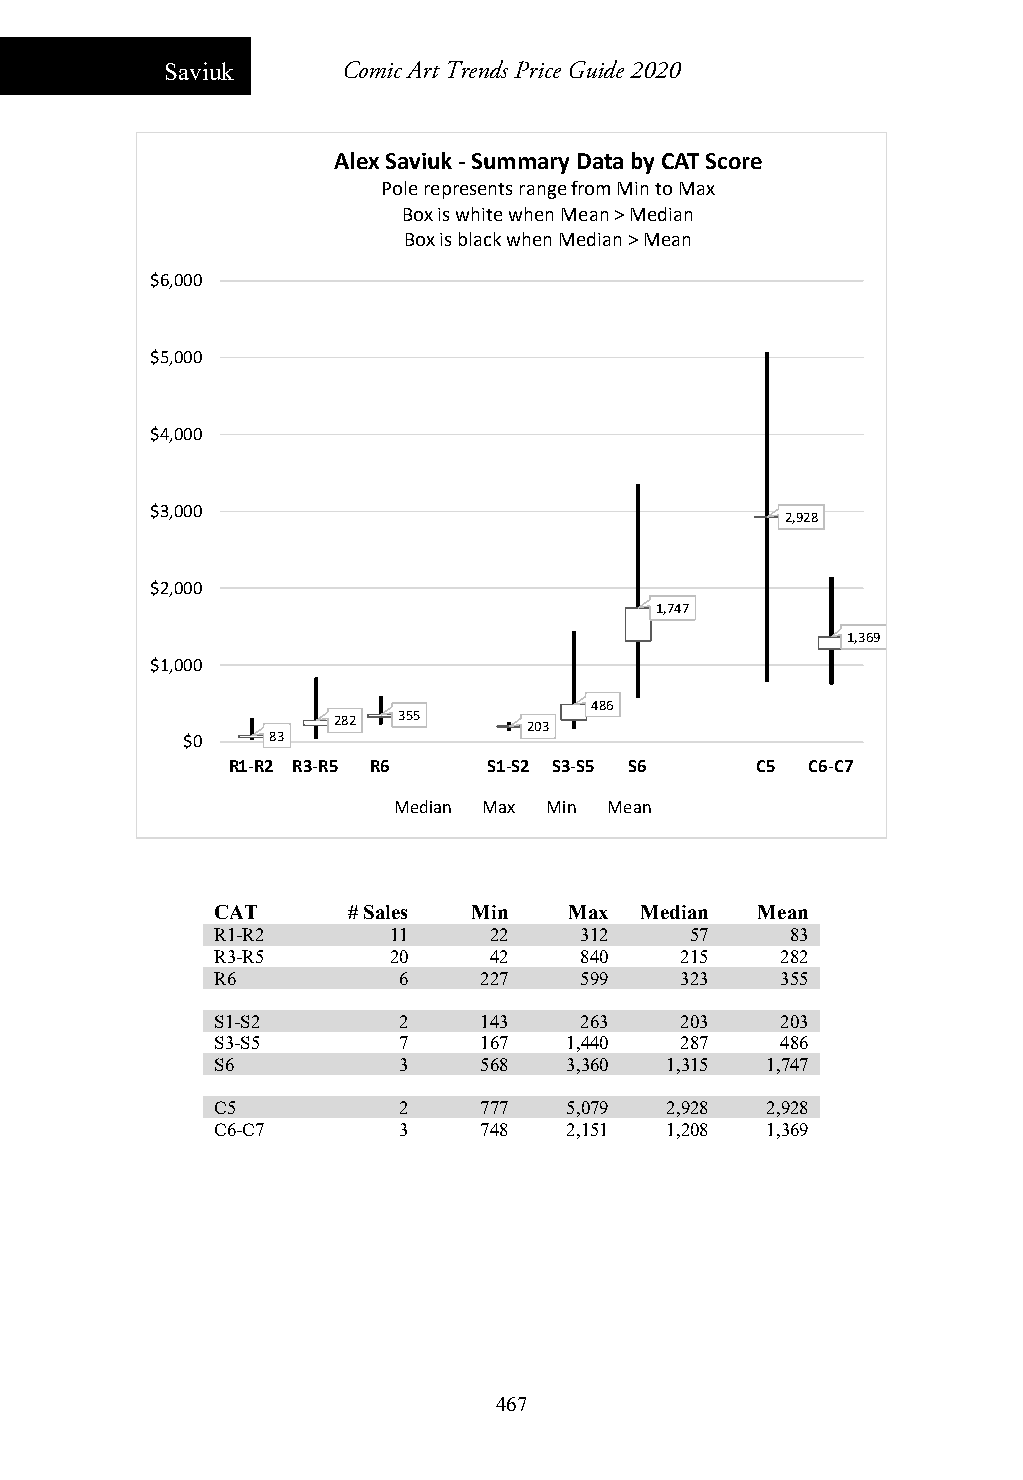
Saviuk      Comic Art Trends Price Guide 2020
 Alex Saviuk ‐Summary Data by CAT Score
 Pole represents range from Min to Max
 Box is white when Mean > Median
 Box is black when Median > Mean
 $6,000
 $5,000
 $4,000
 $3,000
 2,928
 $2,000
 1,747
 1,369
 $1,000
 486
 282 355      203
 $0    83
 R1‐R2 R3‐R5 R6   S1‐S2 S3‐S5 S6    C5  C6‐C7
 Median Max Min Mean
 CAT      # Sales Min    Max Median  Mean
 R1-R2       11    22    312     57    83
 R3-R5       20    42    840    215    282
 R6          6     227   599    323    355
 S1-S2       2     143   263    203    203
 S3-S5       7     167   1,440  287    486
 S6          3     568  3,360  1,315  1,747
 C5          2     777  5,079  2,928  2,928
 C6-C7       3     748   2,151 1,208  1,369
 467